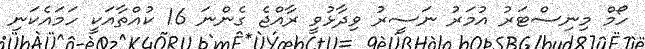
ހޯމް މިނިސްޓަރު އުމަރު ނަސީރު ވިދާޅުވީ ރާއްޖެ ގެންނަ 16 ކުއްތާއަކީ ހަމައެކަނި